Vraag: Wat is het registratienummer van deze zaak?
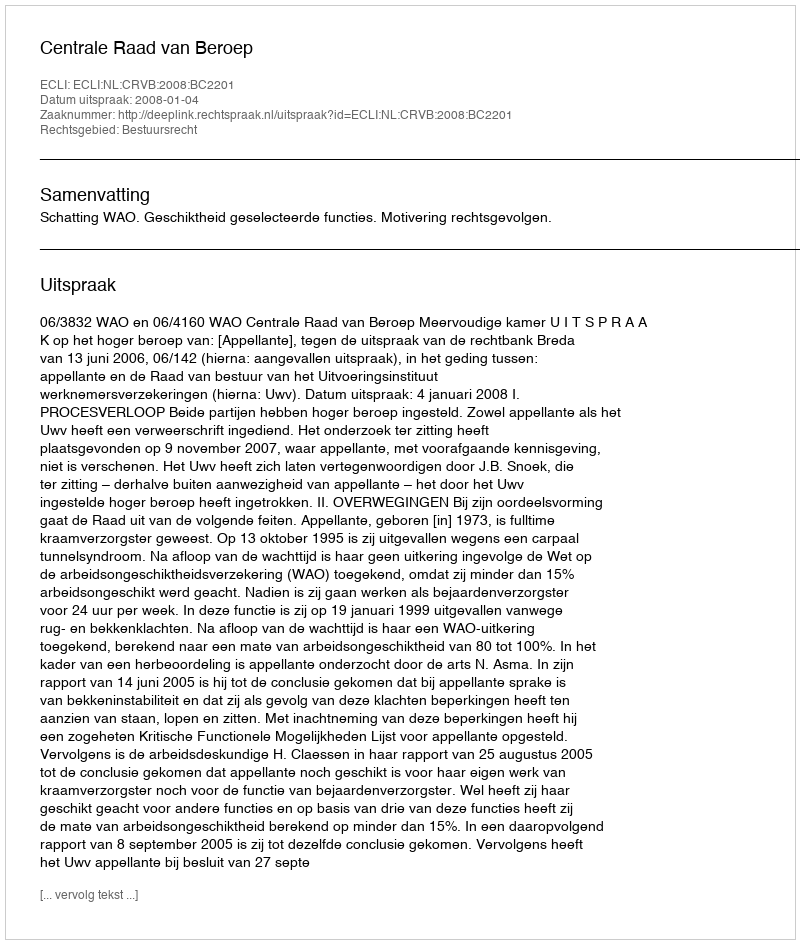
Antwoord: http://deeplink.rechtspraak.nl/uitspraak?id=ECLI:NL:CRVB:2008:BC2201